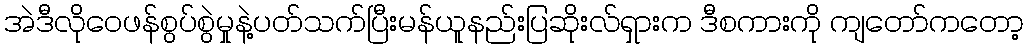
အဲဒီလိုဝေဖန်စွပ်စွဲမှုနဲ့ပတ်သက်ပြီးမန်ယူနည်းပြဆိုးလ်ရှားက ဒီစကားကို ကျတော်ကတော့